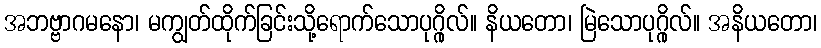
အဘဗ္ဗာဂမနော၊ မကျွတ်ထိုက်ခြင်းသို့ရောက်သောပုဂ္ဂိုလ်။ နိယတော၊ မြဲသောပုဂ္ဂိုလ်။ အနိယတော၊